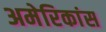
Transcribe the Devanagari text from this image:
अमेरिकांस